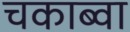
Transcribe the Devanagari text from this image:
चकाब्वा